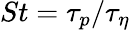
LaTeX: St=\tau_{p}/\tau_{\eta}